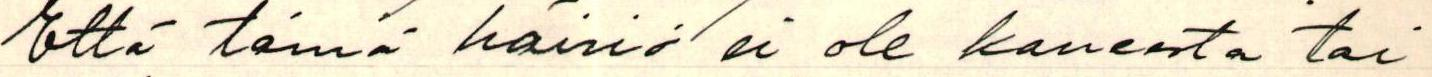
Että tämä häiriö ei ole koneesta tai